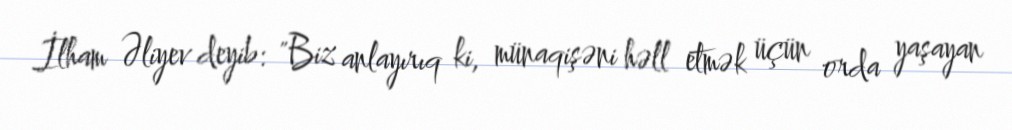
İlham Əliyev deyib: "Biz anlayırıq ki, münaqişəni həll etmək üçün orda yaşayan